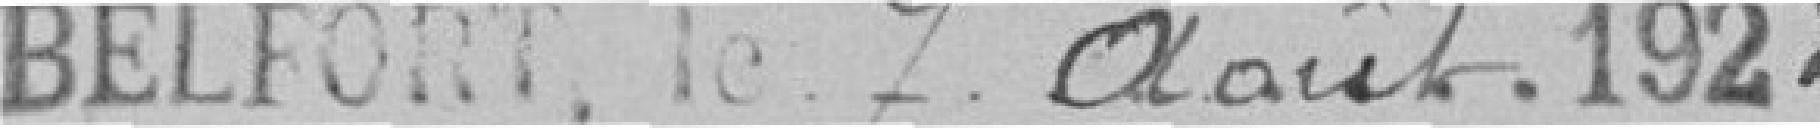
BELFORT, le 7 août 1922